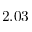
2 . 0 3